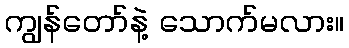
ကျွန်တော်နဲ့ သောက်မလား။